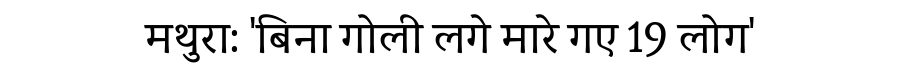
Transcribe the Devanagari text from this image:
मथुरा: 'बिना गोली लगे मारे गए 19 लोग'